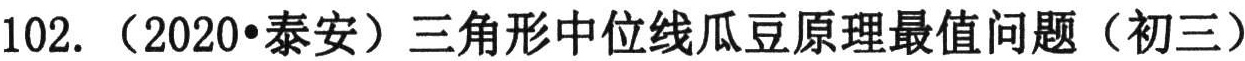
102. （2020•泰安）三角形中位线瓜豆原理最值问题（初三）